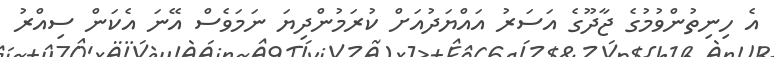
އެ ހިނިތުންވުމުގެ ޖާދޫގެ އަސަރު އައްޔަދުއަށް ކުރަމުންދިޔަ ނަމަވެސް އޭނަ އެކަން ސިއްރު